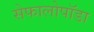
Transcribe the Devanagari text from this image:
सेफालोपॉडा